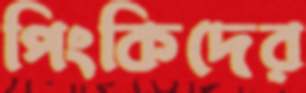
পিংকিদের